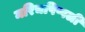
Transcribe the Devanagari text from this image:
मरिचपिप्पली